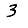
Digit: 3